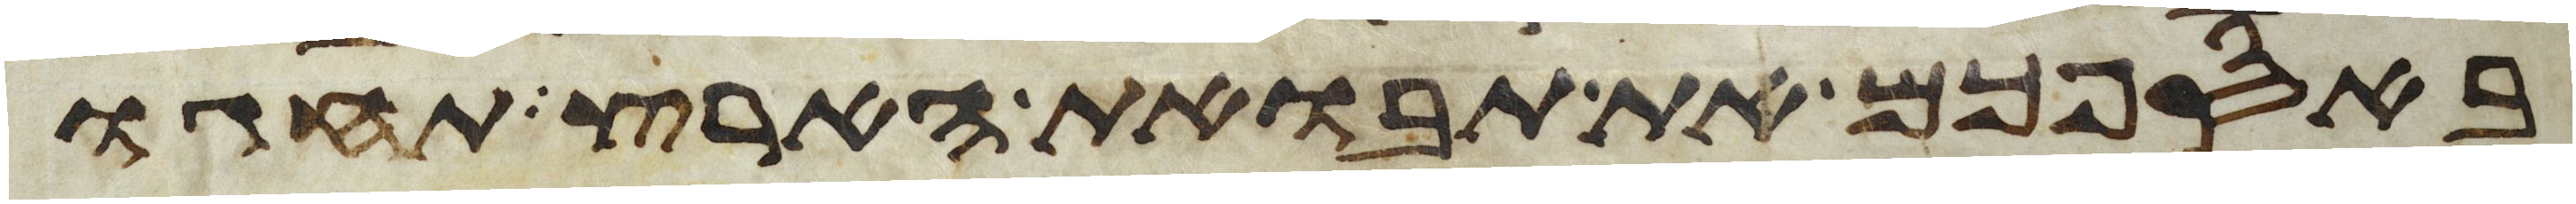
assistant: באספכם את תבואת הארץ תחגו